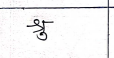
मजकूर: श्रु